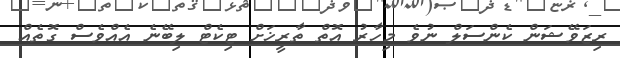
ރިޒަވޭޝަން ކެންސަލް ނުވެ މިހާރު އޮތް ތާރީޚަށް ޓިކެޓް ލިބޭނެ އެއްވެސް ގޮތެއް